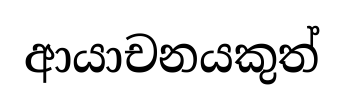
ආයාචනයකුත්